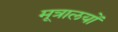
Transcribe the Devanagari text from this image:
मूत्रालयों